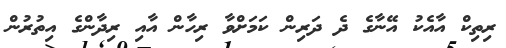
ރިތިކް އާއެކު އޭނާގެ ދެ ދަރިން ކަމަށްވާ ރިހާން އާއި ރިދާންގެ އިތުރުން